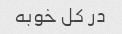
در کل خوبه